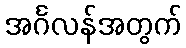
အင်္ဂလန်အတွက်